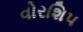
વોરશિપ